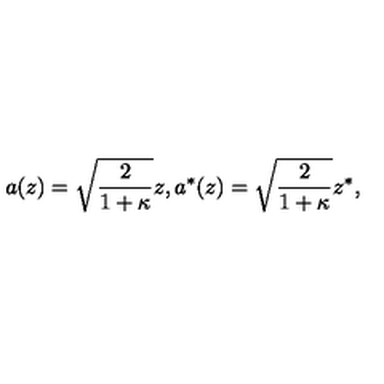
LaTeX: a ( z ) = \sqrt { \frac { 2 } { 1 + \kappa } } z , a ^ { * } ( z ) = \sqrt { \frac { 2 } { 1 + \kappa } } z ^ { * } ,